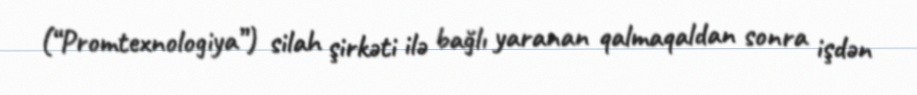
(“Promtexnologiya”) silah şirkəti ilə bağlı yaranan qalmaqaldan sonra işdən